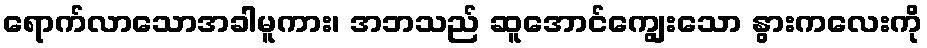
ရောက်လာသောအခါမူကား၊ အဘသည် ဆူအောင်ကျွေးသော နွားကလေးကို